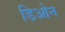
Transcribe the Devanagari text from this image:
डिओन